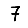
Digit: 7